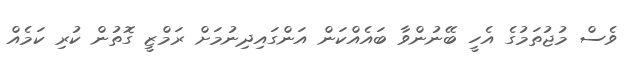
ވެސް މުޖުތަމުގެ އެހީ ބޭނުންވާ ބައެއްކަން އަންގައިދިނުމަށް ރަމްޒީ ގޮތުން ކުރި ކަމެއް